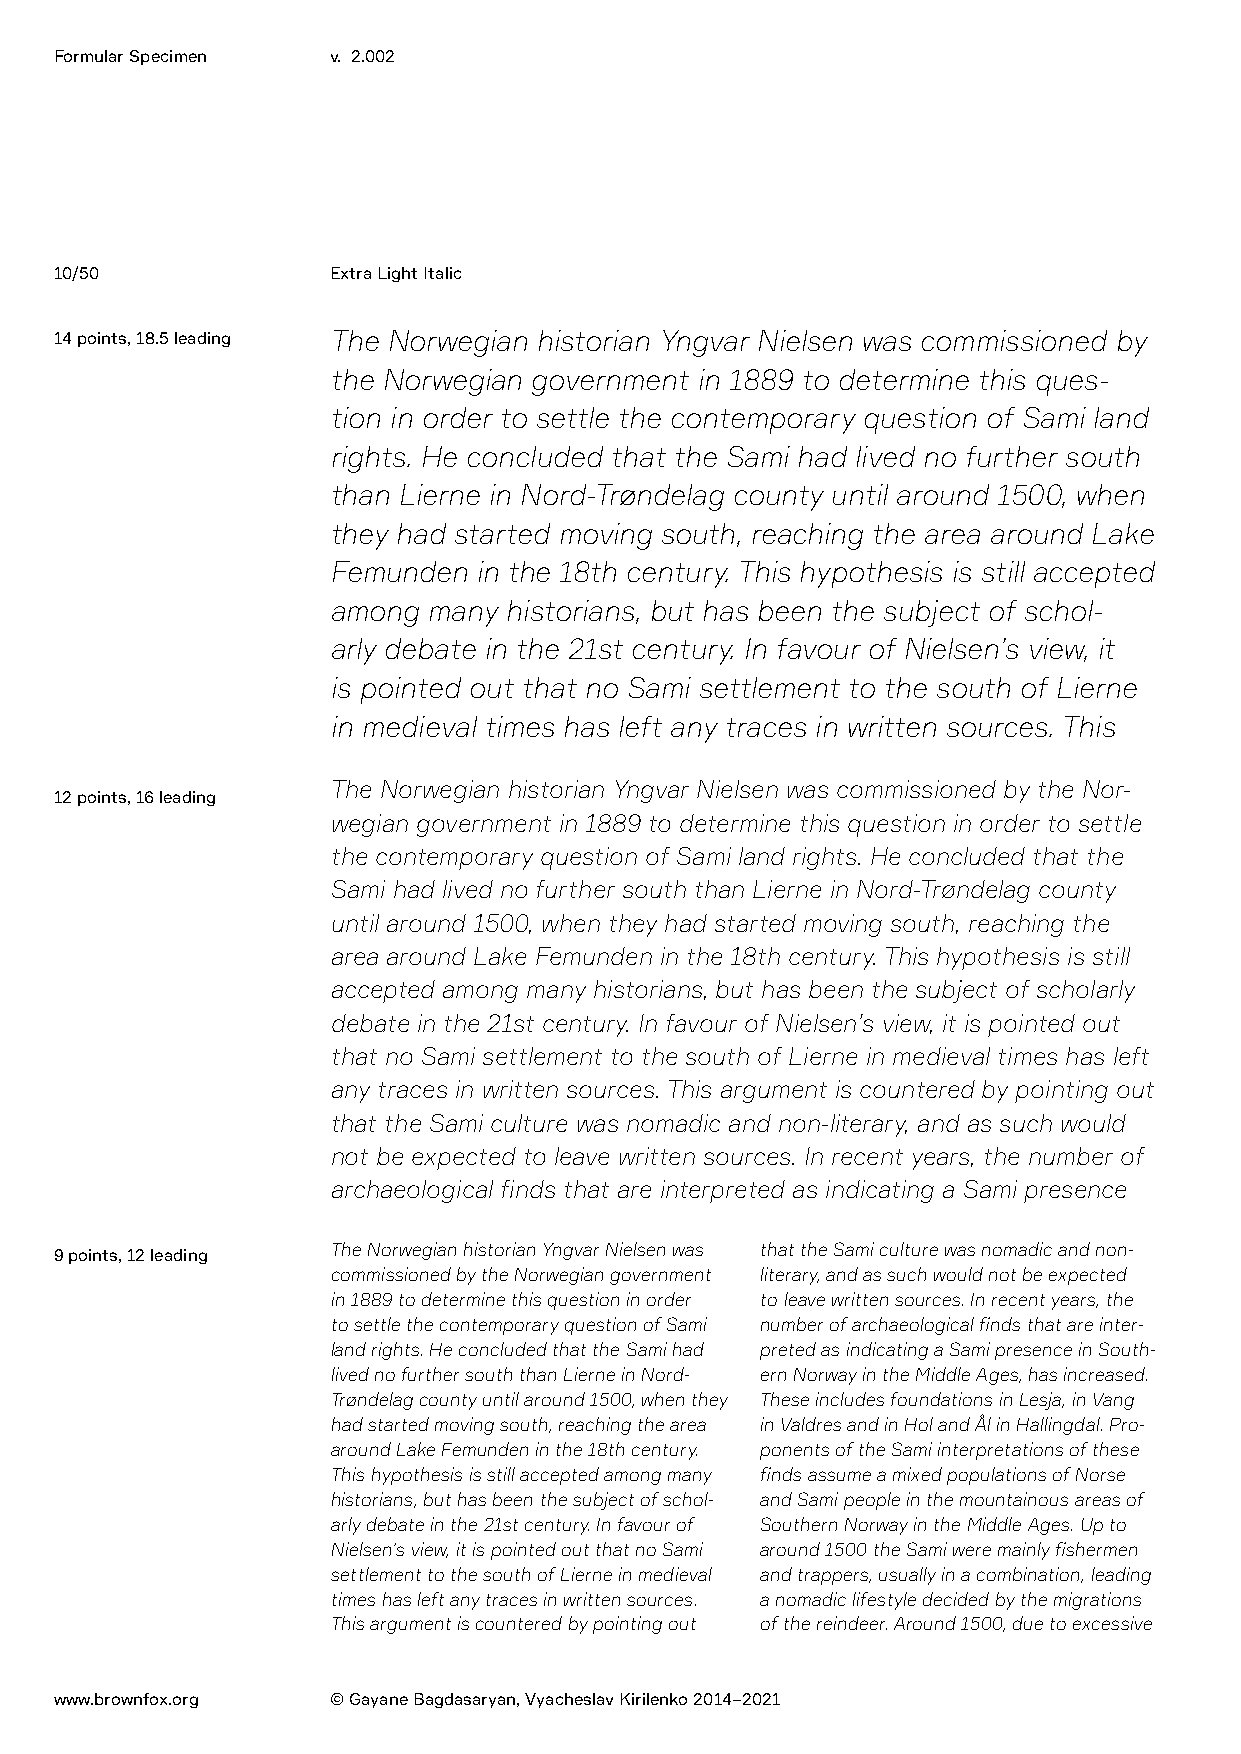
Formular Specimen v. 2.002
 10/50             Extra Light Italic
 14 points, 18.5 leading The Norwegian historian Yngvar Nielsen was commissioned by
 the Norwegian government in 1889 to determine this ques-
 tion in order to settle the contemporary question of Sami land
 rights. He concluded that the Sami had lived no further south
 than Lierne in Nord-Trøndelag county until around 1500, when
 they had started moving south, reaching the area around Lake
 Femunden  in the 18th century. This hypothesis is still accepted
 among many historians, but has been the subject of schol-
 arly debate in the 21st century. In favour of Nielsen’s view, it
 is pointed out that no Sami settlement to the south of Lierne
 in medieval times has left any traces in written sources. This
 The Norwegian historian Yngvar Nielsen was commissioned by the Nor-
 12 points, 16 leading
 wegian government in 1889 to determine this question in order to settle
 the contemporary question of Sami land rights. He concluded that the
 Sami had lived no further south than Lierne in Nord-Trøndelag county
 until around 1500, when they had started moving south, reaching the
 area around Lake Femunden in the 18th century. This hypothesis is still
 accepted among many historians, but has been the subject of scholarly
 debate in the 21st century. In favour of Nielsen’s view, it is pointed out
 that no Sami settlement to the south of Lierne in medieval times has left
 any traces in written sources. This argument is countered by pointing out
 that the Sami culture was nomadic and non-literary, and as such would
 not be expected to leave written sources. In recent years, the number of
 archaeological finds that are interpreted as indicating a Sami presence
 The Norwegian historian Yngvar Nielsen was that the Sami culture was nomadic and non-
 9 points, 12 leading
 commissioned by the Norwegian government literary, and as such would not be expected
 in 1889 to determine this question in order to leave written sources. In recent years, the
 to settle the contemporary question of Sami number of archaeological finds that are inter-
 land rights. He concluded that the Sami had preted as indicating a Sami presence in South-
 lived no further south than Lierne in Nord- ern Norway in the Middle Ages, has increased.
 Trøndelag county until around 1500, when they These includes foundations in Lesja, in Vang
 had started moving south, reaching the area in Valdres and in Hol and Ål in Hallingdal. Pro-
 around Lake Femunden in the 18th century. ponents of the Sami interpretations of these
 This hypothesis is still accepted among many finds assume a mixed populations of Norse
 historians, but has been the subject of schol- and Sami people in the mountainous areas of
 arly debate in the 21st century. In favour of Southern Norway in the Middle Ages. Up to
 Nielsen’s view, it is pointed out that no Sami around 1500 the Sami were mainly fishermen
 settlement to the south of Lierne in medieval and trappers, usually in a combination, leading
 times has left any traces in written sources. a nomadic lifestyle decided by the migrations
 This argument is countered by pointing out of the reindeer. Around 1500, due to excessive
 www.brownfox.org  © Gayane Bagdasaryan, Vyacheslav Kirilenko 2014–2021